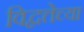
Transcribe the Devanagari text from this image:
विद्वत्तेच्या